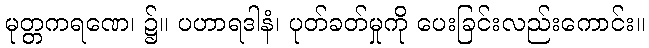
မုတ္တကရဏေ၊ ၌။ ပဟာရဒါနံ၊ ပုတ်ခတ်မှုကို ပေးခြင်းလည်းကောင်း။